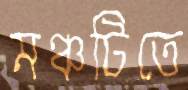
মঞ্চটিতে